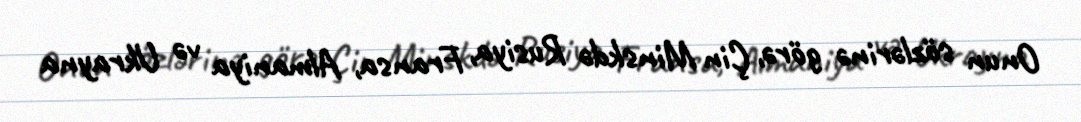
Onun sözlərinə görə, Çin Minskdə Rusiya, Fransa, Almaniya və Ukrayna